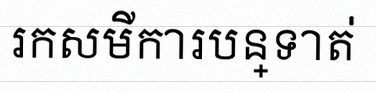
រកសមីការបន្ទាត់